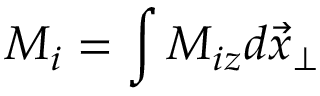
{ \cal M } _ { i } = \int M _ { i z } d \vec { x } _ { \perp }